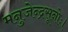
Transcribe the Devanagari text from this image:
मनुजेन्द्रसूनोः।